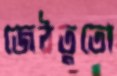
জেঠতুতো